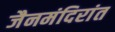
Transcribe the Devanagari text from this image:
जैनमंदिरांत